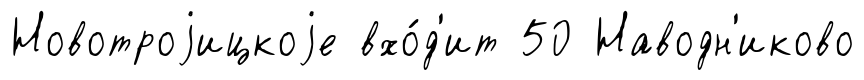
Новотроjицкоjе вхо́д'ит 50 Наводн'иково